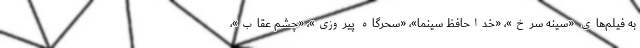
به فیلم‌های «سینه سرخ»، «خداحافظ سینما»، «سحرگاه پیروزی»، «چشم عقاب»،